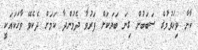
ކާނާ ވިހަވުމުގެ ސަބަބުން ގިނަ ބަޔަކަށް ފަރުވާ ދެމުންދާ ކަމަށް ދެކެވޭ ވާހަކައަކީ